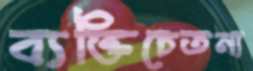
ব্যক্তিচেতনা